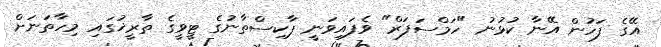
އޭގެ ފަހުން އޭނާ ކުޅުނު "ހަމްސަފަރް" ވެފައިވަނީ ޕާކިސްތާނުގެ ޓީވީގެ ތާރީޚުގައި މިހާތަަނަށް